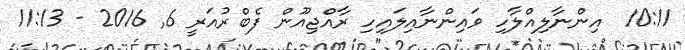
10:11  އިންނާލިއްލާހި ވައިންނާއިލައިހި ރާއްޖިއޫން ފެބްރުއަރީ 6